Scottish Leaving Certificate Examination, 1957
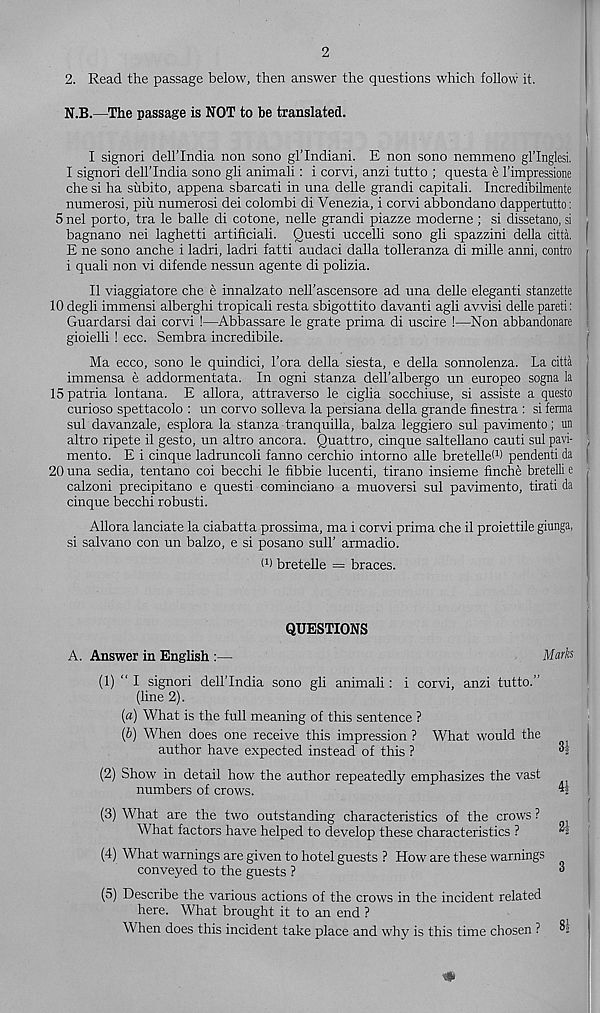
2
2. Read the passage below, then answer the questions which follow it.
N.B.—The passage is NOT to be translated.
I signori dell’India non sono gl’Indiani. E non sono nemmeno gl’Inglesi.
I signori dell’India sono gli animali: i corvi, anzi tutto ; questa e I’impressione
che si ha subito, appena sbarcati in una delle grandi capitali. Incredibilmente
numerosi, pin numerosi dei colombi di Venezia, i corvi abbondano dappertutto:
5 nel porto, tra le balle di cotone, nelle grandi piazze moderne ; si dissetano, si
bagnano nei laghetti artificiali. Questi uccelli sono gli spazzini della citta.
E ne sono anche i ladri, ladri fatti audaci dalla tolleranza di mille anni, contro
i quali non vi difende nessun agente di polizia.
II viaggiatore che e innalzato nell’ascensore ad una delle elegant! stanzette
10 degli immensi alberghi tropicali resta sbigottito davanti agli avvisi delle pareti:
Guardarsi dai corvi !—Abbassare le grate prima di uscire !—Non abbandonare
gioielli ! ecc. Sembra incredibile.
Ma ecco, sono le quindici, 1’ora della siesta, e della sonnolenza. La citta
immensa e addormentata. In ogni stanza dell’albergo un europeo sogna la
ISpatria lontana. E allora, attraverso le ciglia socchiuse, si assiste a questo
curioso spettacolo : un corvo solleva la persiana della grande finestra : si ferma
sul davanzale, esplora la stanza tranquilla, balza leggiero sul pavimento; un
altro ripete il gesto, un altro ancora. Quattro, cinque saltellano cauti sul pavi-
mento. E i cinque ladruncoli fanno cerchio intorno alle bretellei 1 ) pendenti da
20 una sedia, tentano coi becchi le fibbie lucenti, tirano insieme finche bretelli e
calzoni precipitano e questi cominciano a muoversi sul pavimento, tirati da
cinque becchi robusti.
Allora lanciate la ciabatta prossima, ma i corvi prima che il proiettile giunga,
si salvano con un balzo, e si posano sull’ armadio.
O) bretelle = braces.
QUESTIONS
A. Answer in English :—
Marks
(1) “ I signori dell’India sono gli animali: i corvi, anzi tutto.”
(line 2).
(a) What is the full meaning of this sentence ?
(b) When does one receive this impression ? What would the
author have expected instead of this ?
3-
(2) Show in detail how the author repeatedly emphasizes the vast
i
numbers of crows.
^5
(3) What are the two outstanding characteristics of the crows ?
What factors have helped to develop these characteristics ?
-
(4) What warnings are given to hotel guests ? How are these warnings
conveyed to the guests ?
®
(5) Describe the various actions of the crows in the incident related
here. What brought it to an end ?
When does this incident take place and why is this time chosen ?